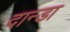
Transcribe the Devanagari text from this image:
दान्डा